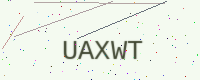
Text: UAXWT